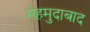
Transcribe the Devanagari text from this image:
मेहमुदाबाद